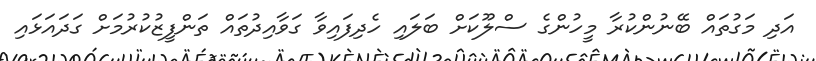
އަދި މަގުތައް ބޭނުންކުރާ މީހުންގެ ސްލޫކަށް ބަލައި ހެދިފައިވާ ގަވާއިދުތައް ތަންފީޒުކުރުމަށް ގަދައަޅައި